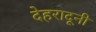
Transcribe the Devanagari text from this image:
देहरादूनी